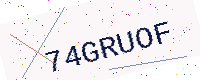
Text: 74GRUOF